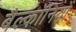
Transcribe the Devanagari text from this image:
बैल्कॉनियों